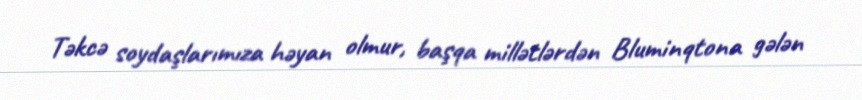
Təkcə soydaşlarımıza həyan olmur, başqa millətlərdən Bluminqtona gələn